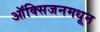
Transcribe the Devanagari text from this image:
ऑक्सिजनमधून